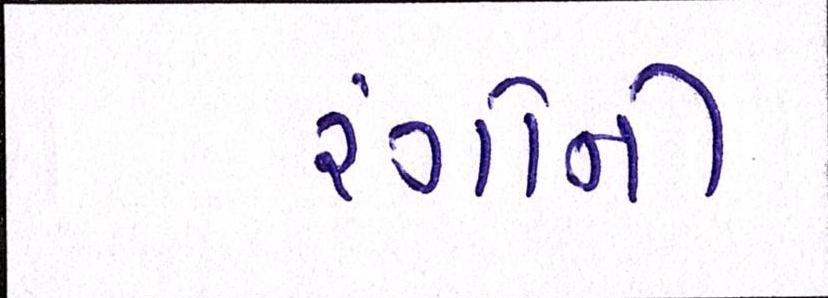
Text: રંગોની